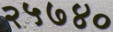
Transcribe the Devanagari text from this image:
२५७४०